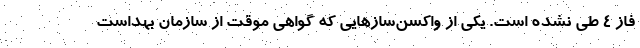
فاز ۴ طی نشده است. یکی از واکسن‌سازهایی که گواهی موقت از سازمان بهداست